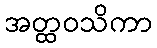
အတ္ထဝသိကာ